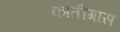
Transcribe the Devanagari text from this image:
कांतीगास